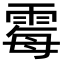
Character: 霉